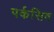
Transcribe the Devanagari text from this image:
पर्कसिव